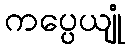
ကပ္ပေယျုံ